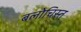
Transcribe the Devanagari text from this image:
बलोचिस्त